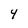
Character: 4